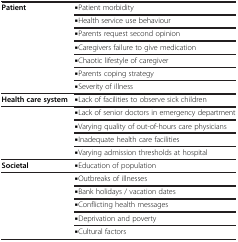
<table><thead><tr><td><b> </b></td><td><b> </b></td></tr></thead><tbody><tr><td rowspan="7"><b>Patient</b></td><td><b>▪</b>Patient morbidity</td></tr><tr><td><b>▪</b>Health service use behaviour</td></tr><tr><td><b>▪</b>Parents request second opinion</td></tr><tr><td><b>▪</b>Caregivers failure to give medication</td></tr><tr><td><b>▪</b>Chaotic lifestyle of caregiver</td></tr><tr><td><b>▪</b>Parents coping strategy</td></tr><tr><td><b>▪</b>Severity of illness</td></tr><tr><td><b>Health care system</b></td><td><b>▪</b>Lack of facilities to observe sick children</td></tr><tr><td rowspan="4"> </td><td><b>▪</b>Lack of senior doctors in emergency department</td></tr><tr><td><b>▪</b>Varying quality of out-of-hours care physicians</td></tr><tr><td><b>▪</b>Inadequate health care facilities</td></tr><tr><td><b>▪</b>Varying admission thresholds at hospital</td></tr><tr><td><b>Societal</b></td><td><b>▪</b>Education of population</td></tr><tr><td rowspan="5"> </td><td><b>▪</b>Outbreaks of illnesses</td></tr><tr><td><b>▪</b>Bank holidays / vacation dates</td></tr><tr><td><b>▪</b>Conflicting health messages</td></tr><tr><td><b>▪</b>Deprivation and poverty</td></tr><tr><td><b>▪</b>Cultural factors</td></tr></tbody></table>